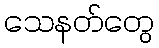
သေနတ်တွေ